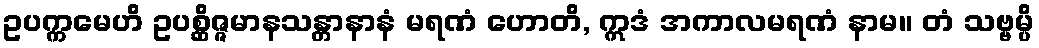
ဥပက္ကမေဟိ ဥပစ္ဆိဇ္ဇမာနသန္တာနာနံ မရဏံ ဟောတိ, ဣဒံ အကာလမရဏံ နာမ။ တံ သဗ္ဗမ္ပိ